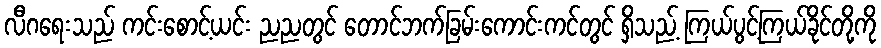
လီဂရေးသည် ကင်းစောင့်ယင်း ညညတွင် တောင်ဘက်ခြမ်းကောင်းကင်တွင် ရှိသည့် ကြယ်ပွင့်ကြယ်ခိုင်တို့ကို